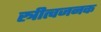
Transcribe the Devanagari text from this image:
स्त्रीत्वजनक